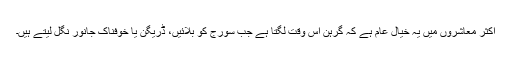
اکثر معاشروں میں یہ خیال عام ہے کہ گرہن اس وقت لگتا ہے جب سورج کو بلائیں، ڈریگن یا خوفناک جانور نگل لیتے ہیں۔